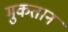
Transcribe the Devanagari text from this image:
मुकतान